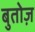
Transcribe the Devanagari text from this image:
बुतोज़